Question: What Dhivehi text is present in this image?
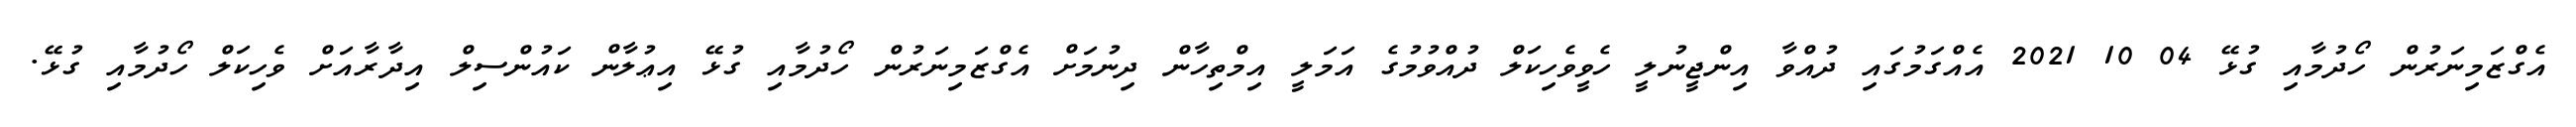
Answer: އެގްޒަމިނަރުން ހޯދުމާއި ގުޅޭ 04 10 2021 އެއްގަމުގައި ދުއްވާ އިންޖީނުލީ ހެވީވެހިކަލް ދުއްވުމުގެ އަމަލީ އިމްތިހާން ދިނުމަށް އެގްޒަމިނަރުން ހޯދުމާއި ގުޅޭ އިޢުލާން ކައުންސިލް އިދާރާއަށް ވެހިކަލް ހޯދުމާއި ގުޅޭ.